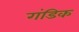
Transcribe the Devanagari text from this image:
गंडिक